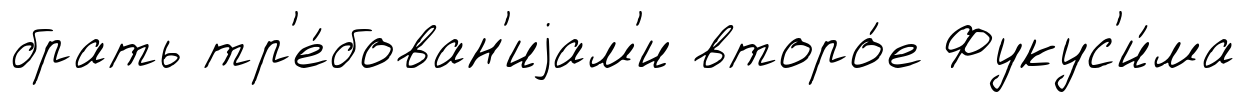
брать тр'е́бован'иjам'и второ́е Фукус'и́ма